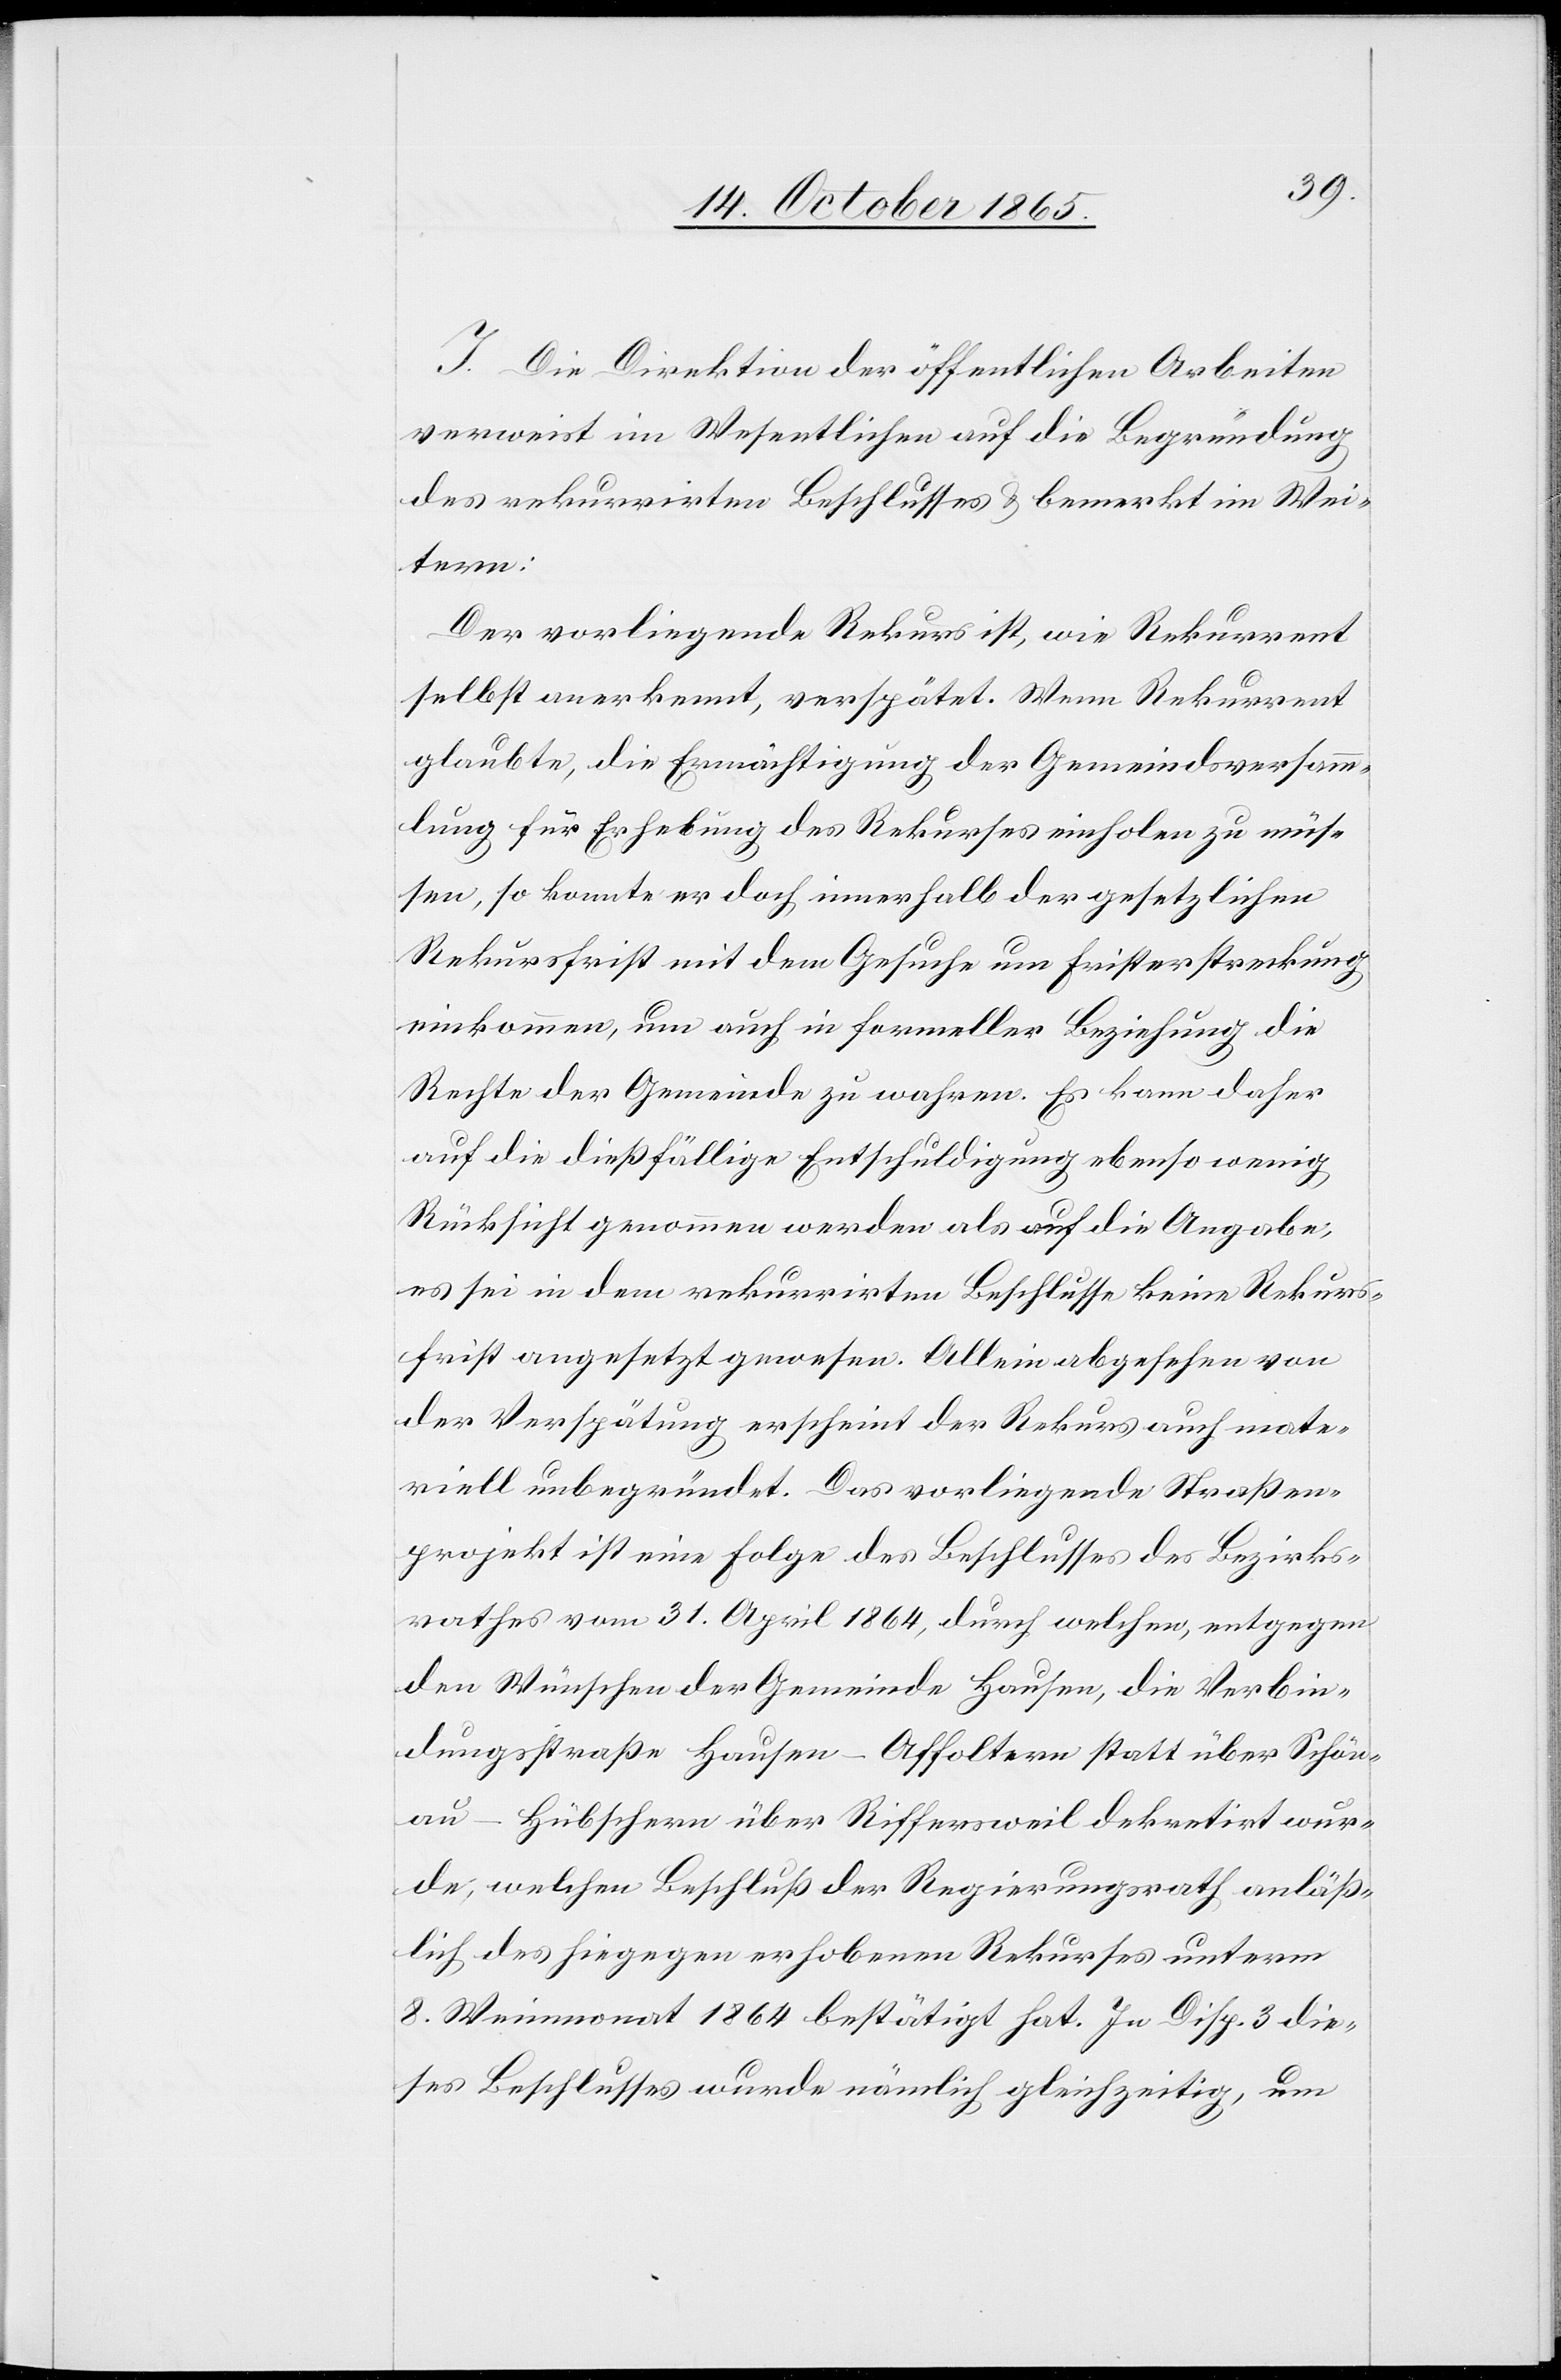
I. Die Direktion der öffentlichen Arbeiten
verweist im Wesentlichen auf die Begründung
des rekurrirten Beschlusses & bemerkt im Wei¬
tern:
Der vorliegende Rekurs ist, wie Rekurrent
selbst anerkennt, verspätet. Wenn Rekurrent
glaubte, die Ermächtigung der Gemeindsversamm¬
lung für Erhebung des Rekurses einholen zu müs¬
sen, so konnte er doch innerhalb der gesetzlichen
Rekursfrist mit dem Gesuche um Fristerstreckung
einkommen, um auch in formeller Beziehung die
Rechte der Gemeinde zu wahren. Es kann daher
auf die dießfällige Entschuldigung ebenso wenig
Rücksicht genommen werden als auf die Angabe,
es sei in dem rekurrirten Beschlusse keine Rekurs¬
frist angesetzt gewesen. Allein abgesehen von
der Verspätung erscheint der Rekurs auch mate¬
riell unbegründet. Das vorliegende Straßen¬
projekt ist eine Folge des Beschlusses des Bezirks¬
rathes vom 31. April 1864, durch welchen, entgegen
den Wünschen der Gemeinde Hausen, die Verbin¬
dungsstraße Hausen–Affoltern statt über Schön¬
au–Hübschern über Riffersweil dekretirt wur¬
de, welchen Beschluß der Regierungsrath anläß¬
lich des hiegegen erhobenen Rekurses unterm
8. Weinmonat 1864 bestätigt hat. In Disp. 3 die¬
ses Beschlusses wurde nämlich gleichzeitig, um